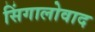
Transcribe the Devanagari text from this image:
सिंगालोवाद